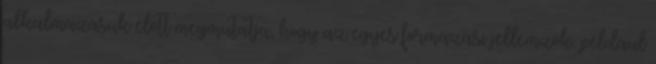
alkalmazásuk előtt megmutatja, hogy az egyes formázási jellemzők, például